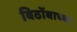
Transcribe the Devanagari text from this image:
विठोंबाच्या